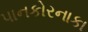
પાનકોરનાકા